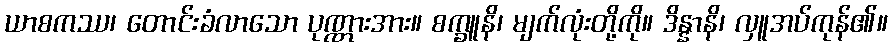
ယာစကဿ၊ တောင်းခံလာသော ပုဏ္ဏားအား။ စက္ခူနိ၊ မျက်လုံးတို့ကို။ ဒိန္နာနိ၊ လှူအပ်ကုန်၏။